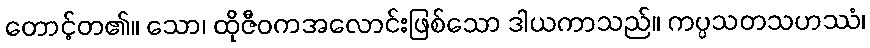
တောင့်တ၏။ သော၊ ထိုဇီဝကအလောင်းဖြစ်သော ဒါယကာသည်။ ကပ္ပသတသဟဿံ၊